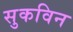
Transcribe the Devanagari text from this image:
सुकविन